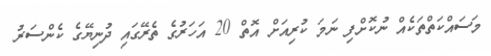
މަސައްކަތްތަކެއް ނުކޮށްފި ނަމަ ކުރިއަށް އޮތް 20 އަހަރުގެ ތެރޭގައި ދުނިޔޭގެ ކެންސަރު